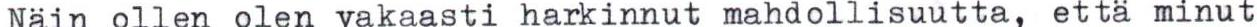
Nain ollen olen vakaasti harkinnut mahdollisuutta, etta minut